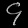
Digit: ၄